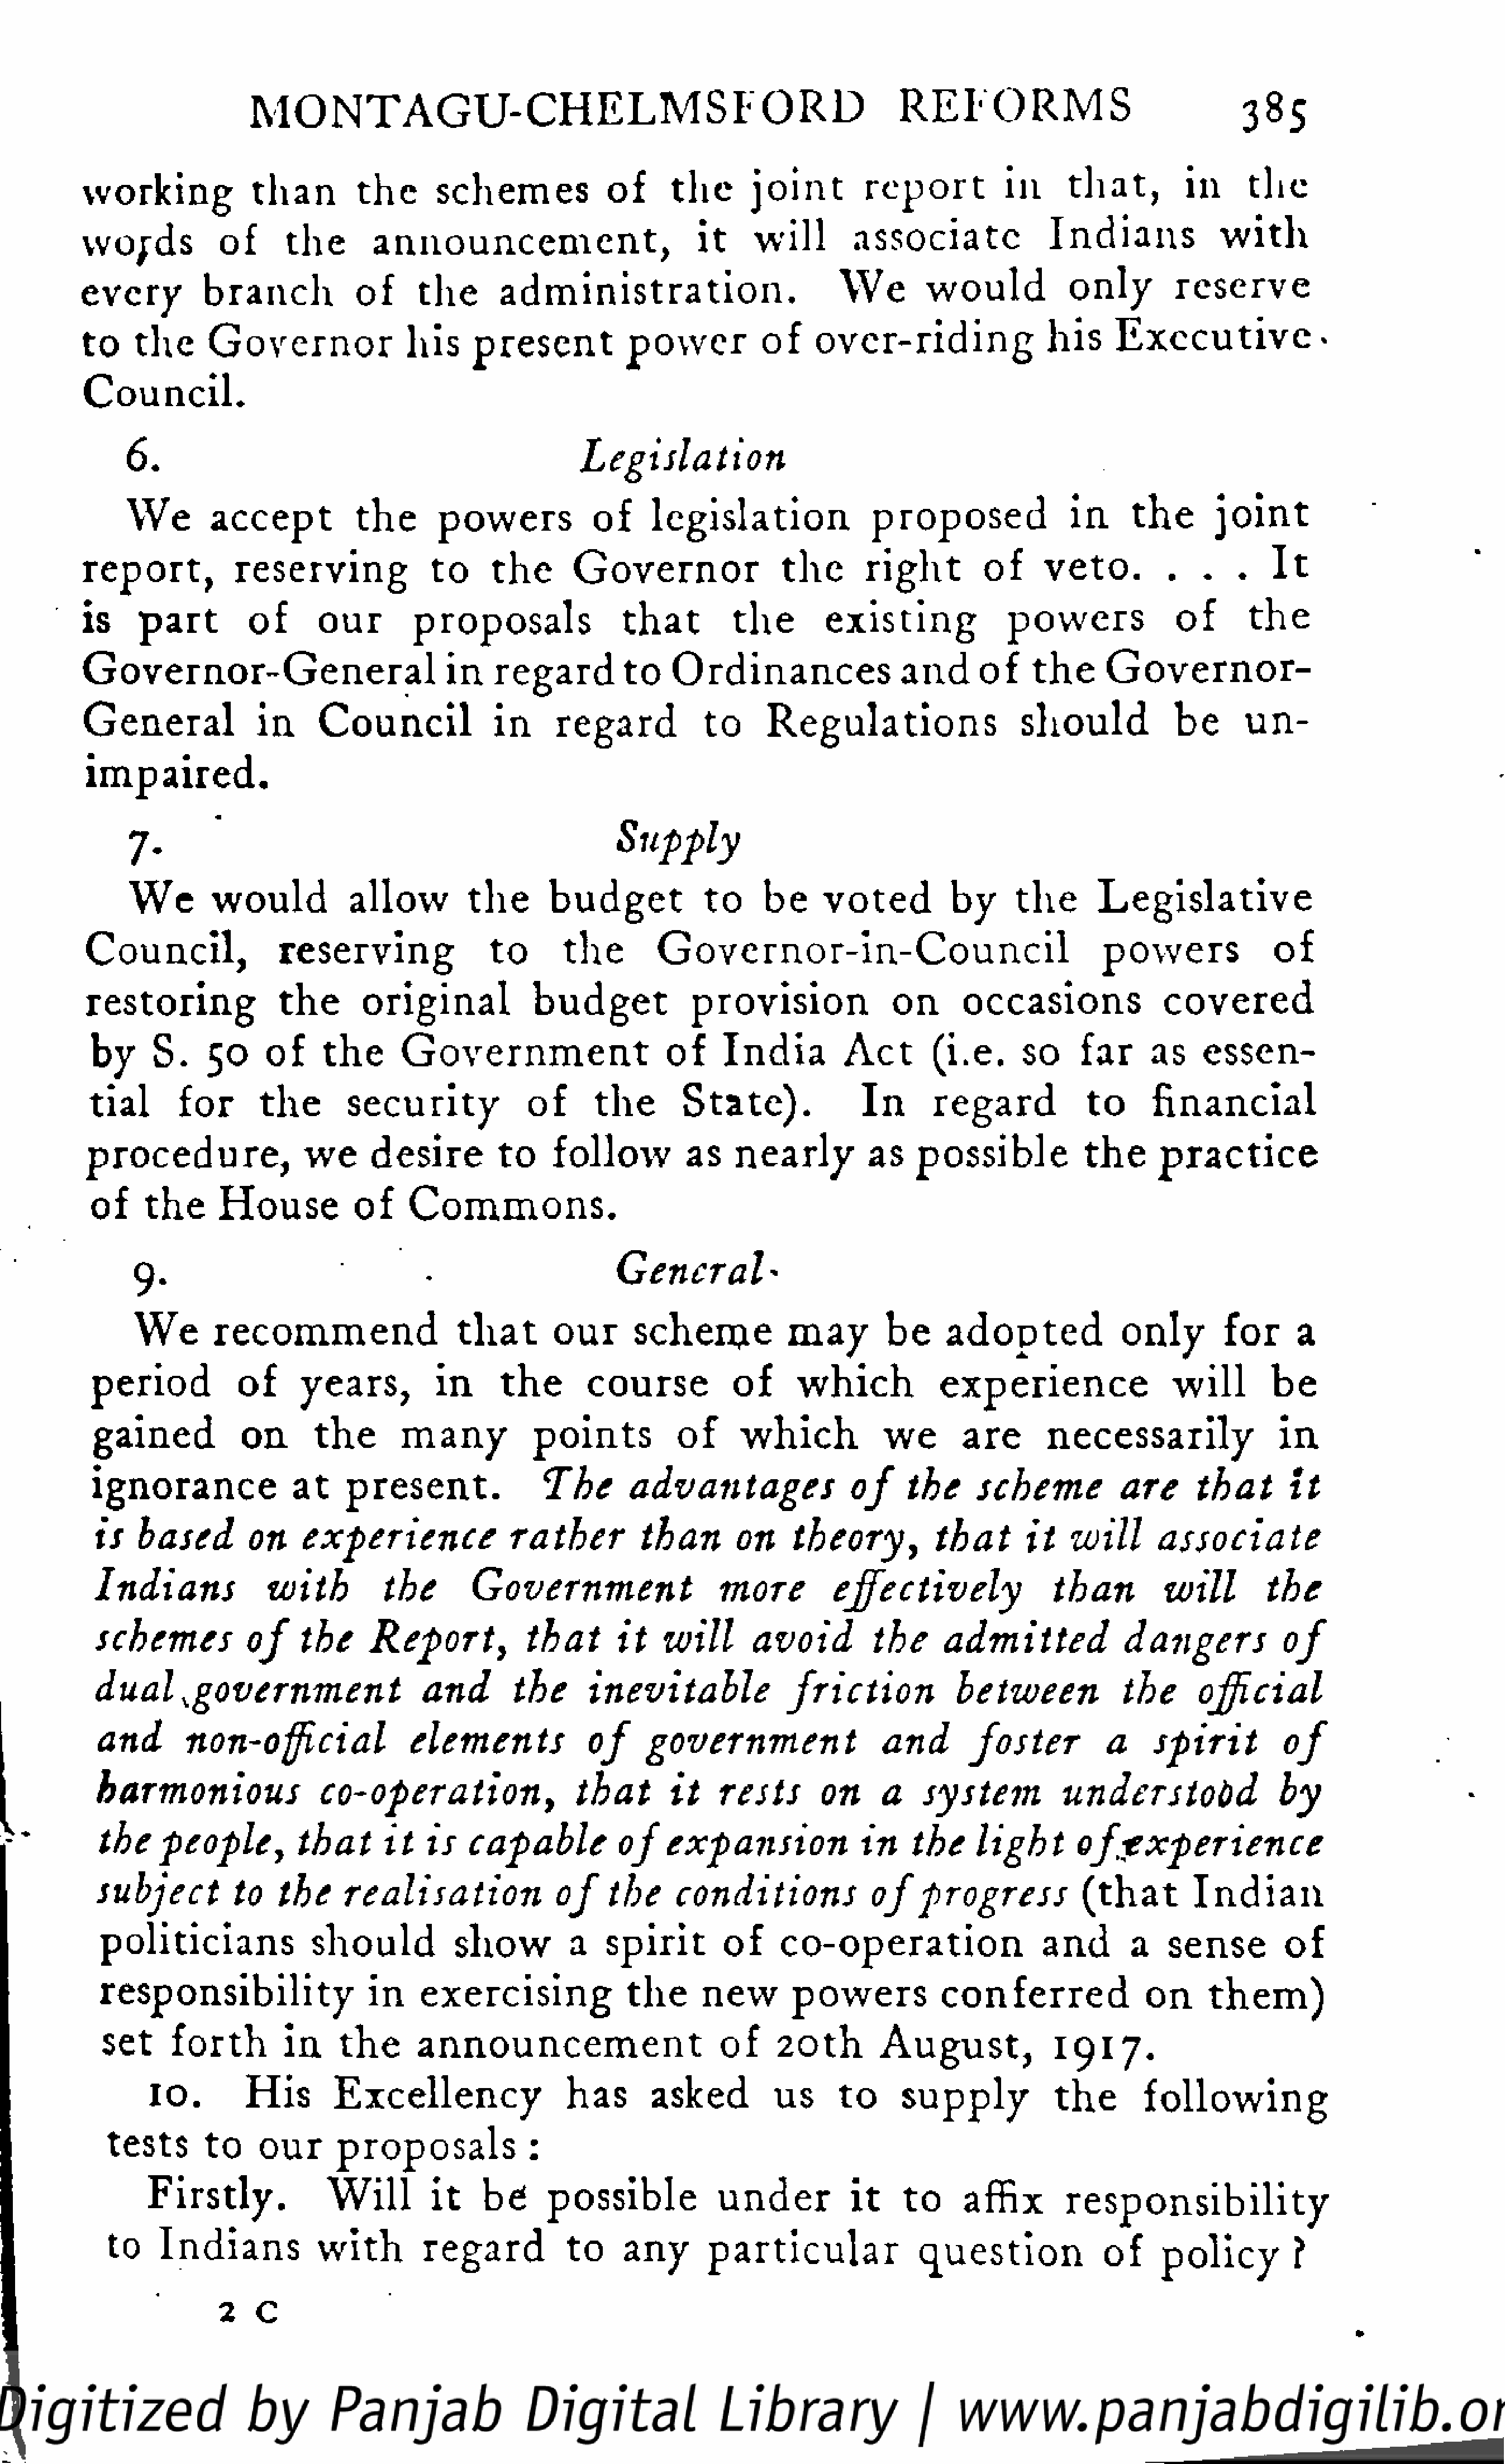
M    O   N   T   A   G   U    - C   H   E   L  M     S  F  O    RD          R   E  F   O   R   MS                   385
 working             than        the      schemes             of     the       joint        report          in     t h  a  t,    in      the
 words           of      the       announcement,                         it    will        associate              Indians             with
 every         branch            of     the      administration.                          We       would            only         reserve
 to    the     Governor               his     present           power           of    over-riding                his     Executive-
 Council.
 6.                                                      Legislation
 We        accept          the       powers            of     legislation               proposed               in     t he      joint
 report,           reserving             to     the       Governor                the      right         of     v  e  t o.    .   ..     It
 is    part         of      our        proposals                that        the        existing             powers              of       t he
 Governor-General                          in    regard         to   Ordinances                 and      of    t he     Governor-
 General             in     Council              in     regard           to     Regulations                   should            be      un
 impaired.
 7.                                                       Supply
 We        would           allow         the      budget            to     be    voted          by      the       Legislative
 Council,               reserving               to       the        Governor-in-Council                                 powers              of
 restoring              the      original            budget             provision              on      occasions               covered
 by     S.    50     of     the      G   o  v  e r n  m    e nt     of     India         Act       (i.e.     so     far      as    essen
 tial      for       the      security              of     the        State).             In      regard            to        financial
 procedure,                we     desire         to    follow          as    nearly         as    possible           t he     practice
 of    the      House          of     Commons.
 9.                                                       General*
 We       recommend                    t h at    our       scheme            may        be     adopted             only        for     a
 period           of     years,          in      the       course           of     which            experience                 will        be
 gained           on       the       m   a ny       points           of     which            we       are       necessarily                in
 ignorance              at    present.               The        advantages                of     the     scheme           are      that       It
 is   based         on    experience              rather          than       on     theory,          that       it   will       associate
 Indians              with          the       Government                   more          effectively               than         will         the
 schemes           of     the     Report,           that       it   will       avoid         the      admitted             dangers            of
 dual       ^government                 and        the      inevitable             friction            between             the       official
 and        non-official               elements             of    government                   and       foster          a     spirit         of
 harmonious                 co-operation,                 that       it    rests       on     a    system           understood                by
 the    people,         that       it  is   capable           of    expansion              in    the     light       of     experience
 subject          to   the     realisation              of    the     conditions             of    progress           (that         I n  d  i an
 politicians              should          show          a   spirit        of     co-operation                  and        a   sense         of
 responsibility                 in    exercising               the     new        powers           conferred               on      t h e  m)
 set     forth        in    the      announcement                        of     20th        August,             1917.
 10.        His       Excellency                 has       asked          us     to     supply            t he       following
 tests      to    our      proposals              :
 Firstly.            Will         it   be"     possible            under           it    to     affix       responsibility
 to    Indians           with        regard           to     any      particular               question              of     policy        ?
 2    c